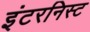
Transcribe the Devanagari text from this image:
इंटरनिस्ट